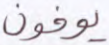
يوفون